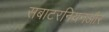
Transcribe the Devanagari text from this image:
सबाटरनियनऔर